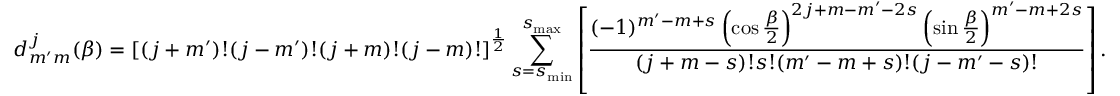
d _ { m ^ { \prime } m } ^ { j } ( \beta ) = [ ( j + m ^ { \prime } ) ! ( j - m ^ { \prime } ) ! ( j + m ) ! ( j - m ) ! ] ^ { \frac { 1 } { 2 } } \sum _ { s = s _ { \mathrm { m i n } } } ^ { s _ { \mathrm { m a x } } } \left[ { \frac { ( - 1 ) ^ { m ^ { \prime } - m + s } \left( \cos { \frac { \beta } { 2 } } \right) ^ { 2 j + m - m ^ { \prime } - 2 s } \left( \sin { \frac { \beta } { 2 } } \right) ^ { m ^ { \prime } - m + 2 s } } { ( j + m - s ) ! s ! ( m ^ { \prime } - m + s ) ! ( j - m ^ { \prime } - s ) ! } } \right] .